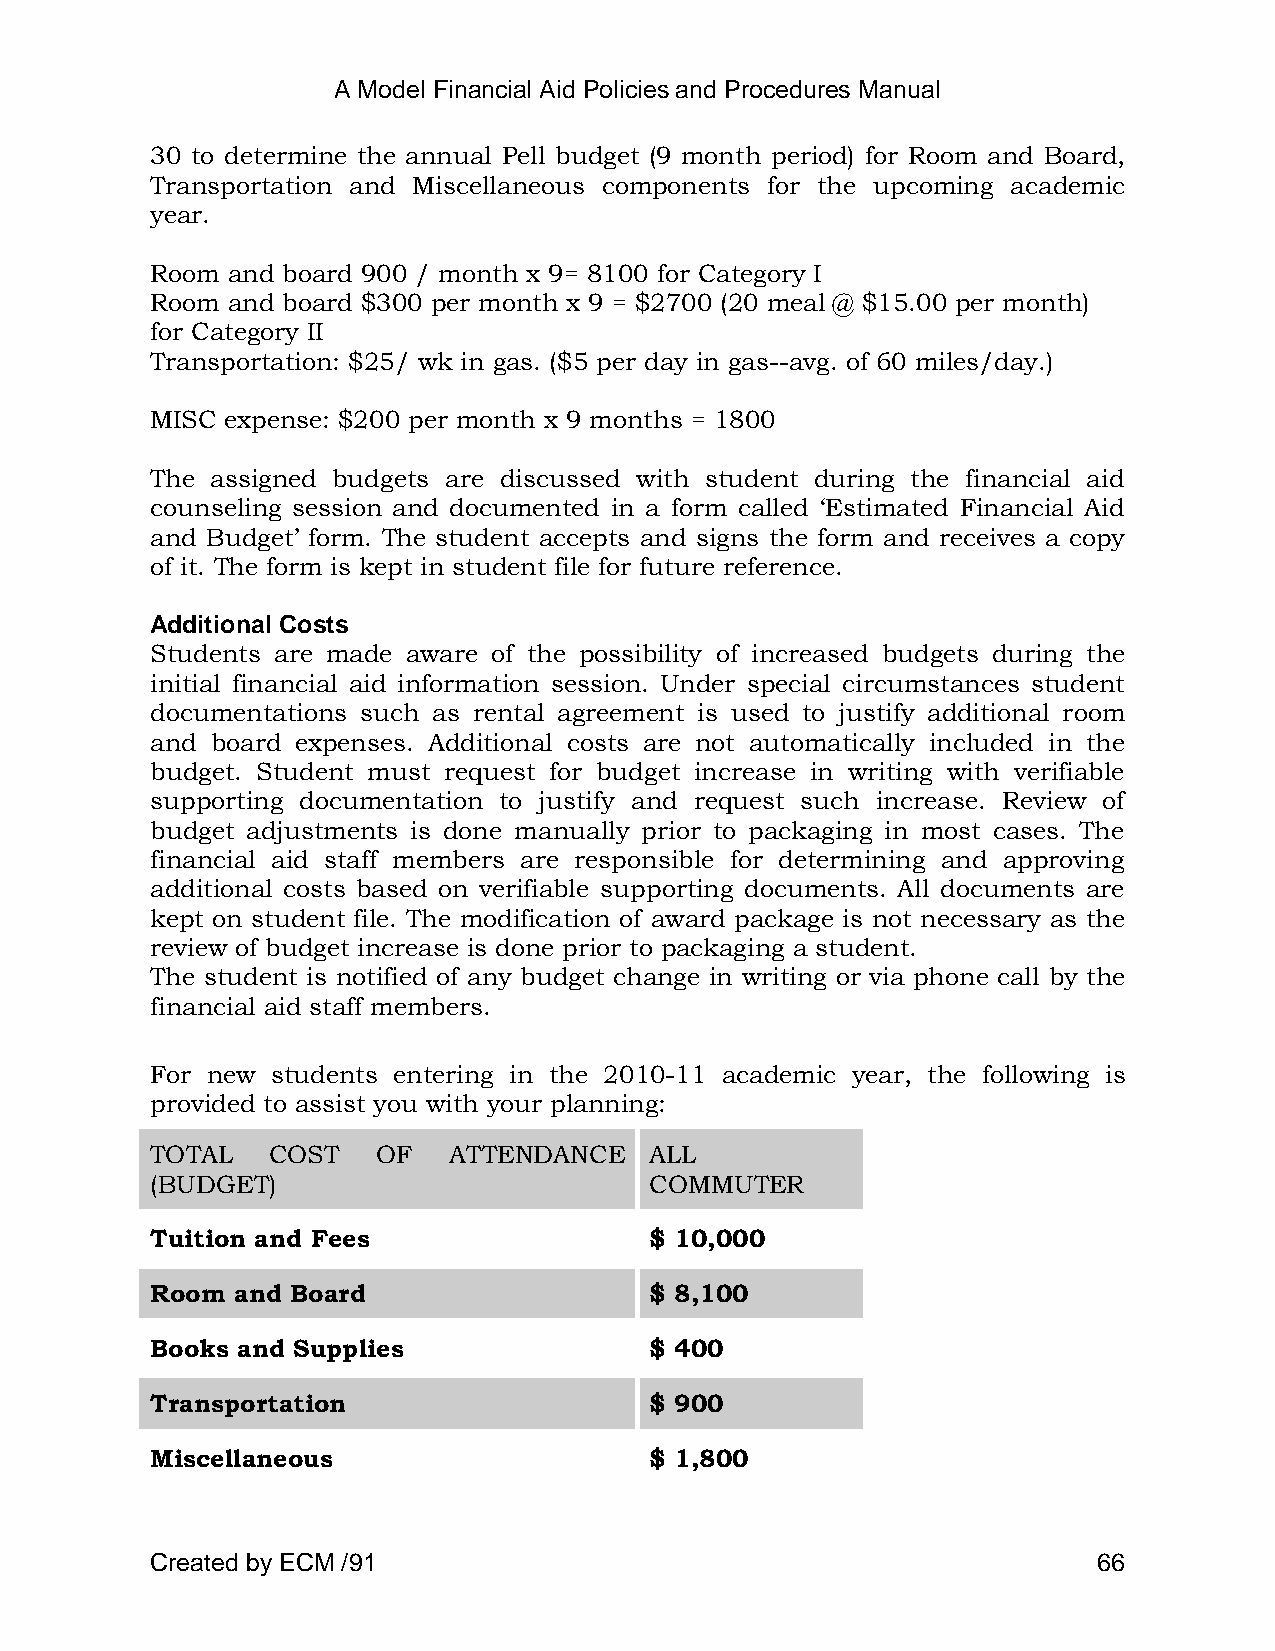
A Model Financial Aid Policies and Procedures Manual
 30 to determine the annual Pell budget (9 month period) for Room and Board,
 Transportation and Miscellaneous components for the upcoming academic
 year.
 Room and board 900 / month x 9= 8100 for Category I
 Room and board $300 per month x 9 = $2700 (20 meal @ $15.00 per month)
 for Category II
 Transportation: $25/ wk in gas. ($5 per day in gas--avg. of 60 miles/day.)
 MISC expense: $200 per month x 9 months = 1800
 The assigned budgets are discussed with student during the financial aid
 counseling session and documented in a form called ‗Estimated Financial Aid
 and Budget‘ form. The student accepts and signs the form and receives a copy
 of it. The form is kept in student file for future reference.
 Additional Costs
 Students are made aware of the possibility of increased budgets during the
 initial financial aid information session. Under special circumstances student
 documentations such as rental agreement is used to justify additional room
 and board expenses. Additional costs are not automatically included in the
 budget. Student must request for budget increase in writing with verifiable
 supporting documentation to justify and request such increase. Review of
 budget adjustments is done manually prior to packaging in most cases. The
 financial aid staff members are responsible for determining and approving
 additional costs based on verifiable supporting documents. All documents are
 kept on student file. The modification of award package is not necessary as the
 review of budget increase is done prior to packaging a student.
 The student is notified of any budget change in writing or via phone call by the
 financial aid staff members.
 For new students entering in the 2010-11 academic year, the following is
 provided to assist you with your planning:
 TOTAL   COST   OF   ATTENDANCE   ALL
 (BUDGET)                         COMMUTER
 Tuition and Fees                 $ 10,000
 Room and Board                   $ 8,100
 Books and Supplies               $ 400
 Transportation                   $ 900
 Miscellaneous                    $ 1,800
 Created by ECM /91                                             66